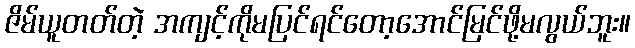
ဇိမ်ယူတတ်တဲ့ အကျင့်ကိုမပြင်ရင်တော့အောင်မြင်ဖို့မလွယ်ဘူး။